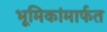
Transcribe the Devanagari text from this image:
भूमिकांमार्फत